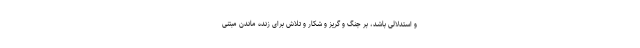
و استدلالی باشد، بر جنگ و گریز و شکار و تلاش برای زنده ماندن مبتنی